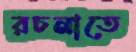
রচনাতে